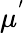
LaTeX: \mu^{'}